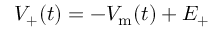
V _ { + } ( t ) = - V _ { \mathrm { m } } ( t ) + E _ { + }